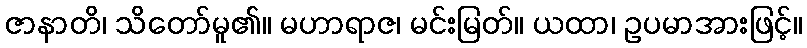
ဇာနာတိ၊ သိတော်မူ၏။ မဟာရာဇ၊ မင်းမြတ်။ ယထာ၊ ဥပမာအားဖြင့်။